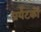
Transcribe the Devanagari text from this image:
प्रर्यटकों